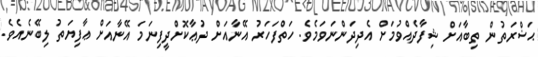
ޙަޟްރަތުން ތިބާއަށް ޝިފާދެއްވުމަށް އެދިދަންނަވަމެވެ. ހަތްފަހަރު އޭނާއަށް ދުޢާކޮށްދީފިނަމަ އޭނާއަށް ޢާފިޔަތު ލިބޭނެއެވެ.